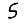
Digit: 5